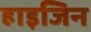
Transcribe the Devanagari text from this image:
हाइजिन